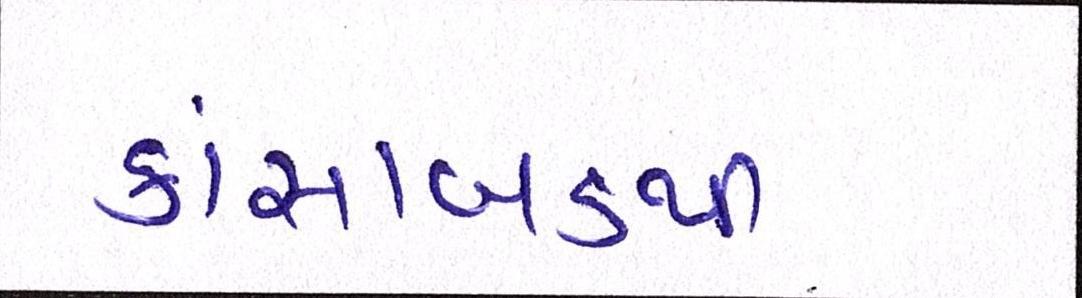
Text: કાંસાબડથી